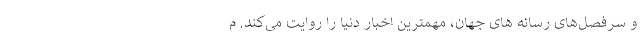
و سرفصل‌های رسانه های جهان، مهمترین اخبار دنیا را روایت می‌کند. م